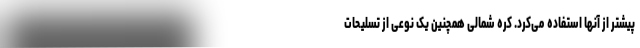
پیشتر از آنها استفاده می‌کرد. کره شمالی همچنین یک نوعی از تسلیحات